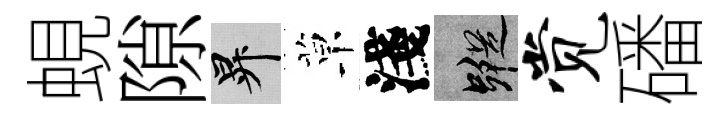
蜆隙升草淺蹤觉磻